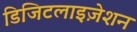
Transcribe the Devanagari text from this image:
डिजिटलाइज़ेशन